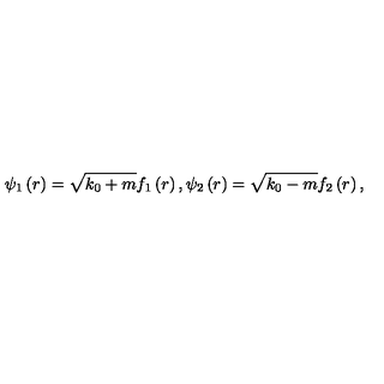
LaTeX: \psi _ { 1 } \left( r \right) = \sqrt { k _ { 0 } + m } f _ { 1 } \left( r \right) , \psi _ { 2 } \left( r \right) = \sqrt { k _ { 0 } - m } f _ { 2 } \left( r \right) ,